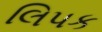
લિપક